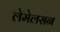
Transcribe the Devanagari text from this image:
लेमेलसन